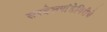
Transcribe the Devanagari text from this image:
सरदेशपांडेगिरीचे